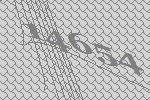
14654